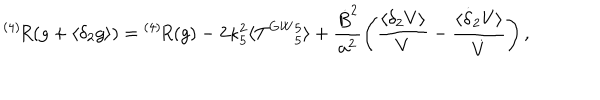
LaTeX: { } ^ { ( 4 ) } \! R ( g + \langle \delta _ { 2 } g \rangle ) = { } ^ { ( 4 ) } \! R ( g ) - 2 \kappa _ { 5 } ^ { 2 } \langle T ^ { \mathrm { G W } } { } _ { 5 } ^ { 5 } \rangle + \frac { \dot { B } ^ { 2 } } { a ^ { 2 } } \left( \frac { \langle \delta _ { 2 } V \rangle } { V } - \frac { \langle \dot { \delta } _ { 2 } V \rangle } { \dot { V } } \right) ,